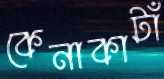
কেনাকাটাঁ